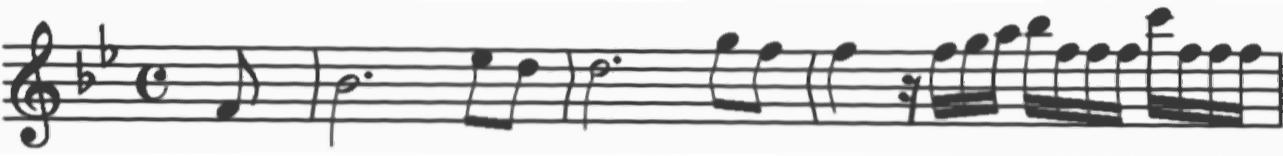
Transcription: clef-G2 keySignature-BbM timeSignature-C note-F4_eighth barline note-Bb4_half. note-Eb5_eighth note-D5_eighth barline note-D5_half. note-G5_eighth note-F5_eighth barline note-F5_quarter rest-sixteenth note-F5_sixteenth note-G5_sixteenth note-A5_sixteenth note-Bb5_sixteenth note-F5_sixteenth note-F5_sixteenth note-F5_sixteenth note-C6_sixteenth note-F5_sixteenth note-F5_sixteenth note-F5_sixteenth barline